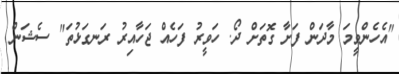
"އެހެންވީމަ މާދަން ފަށާ ގޮތަށް ދޯ. ހަވީރު ފަހެއް ޖަހާއިރު ރަނގަޅުތަ" ސެޝަން